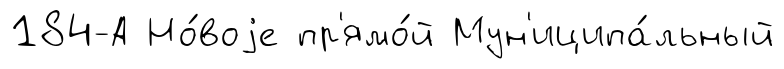
184-А Но́воjе пр'ямо́й Мун'иципа́льный